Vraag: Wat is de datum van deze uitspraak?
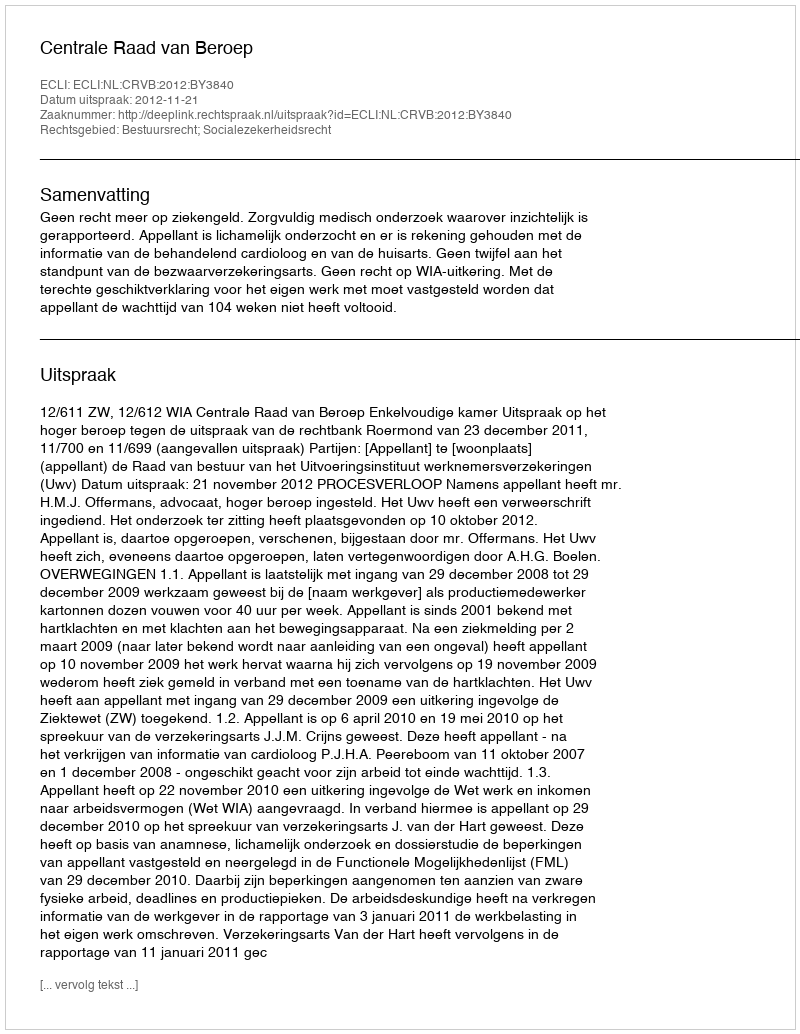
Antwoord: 2012-11-21